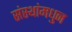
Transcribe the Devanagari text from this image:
संस्थांमधुन